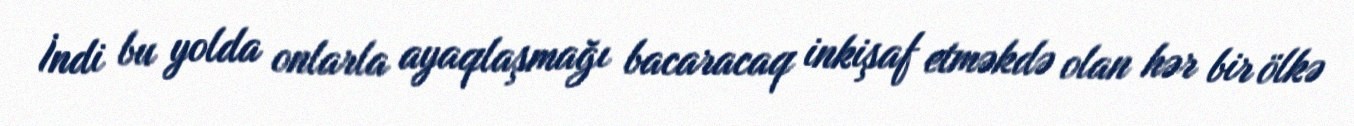
İndi bu yolda onlarla ayaqlaşmağı bacaracaq inkişaf etməkdə olan hər bir ölkə